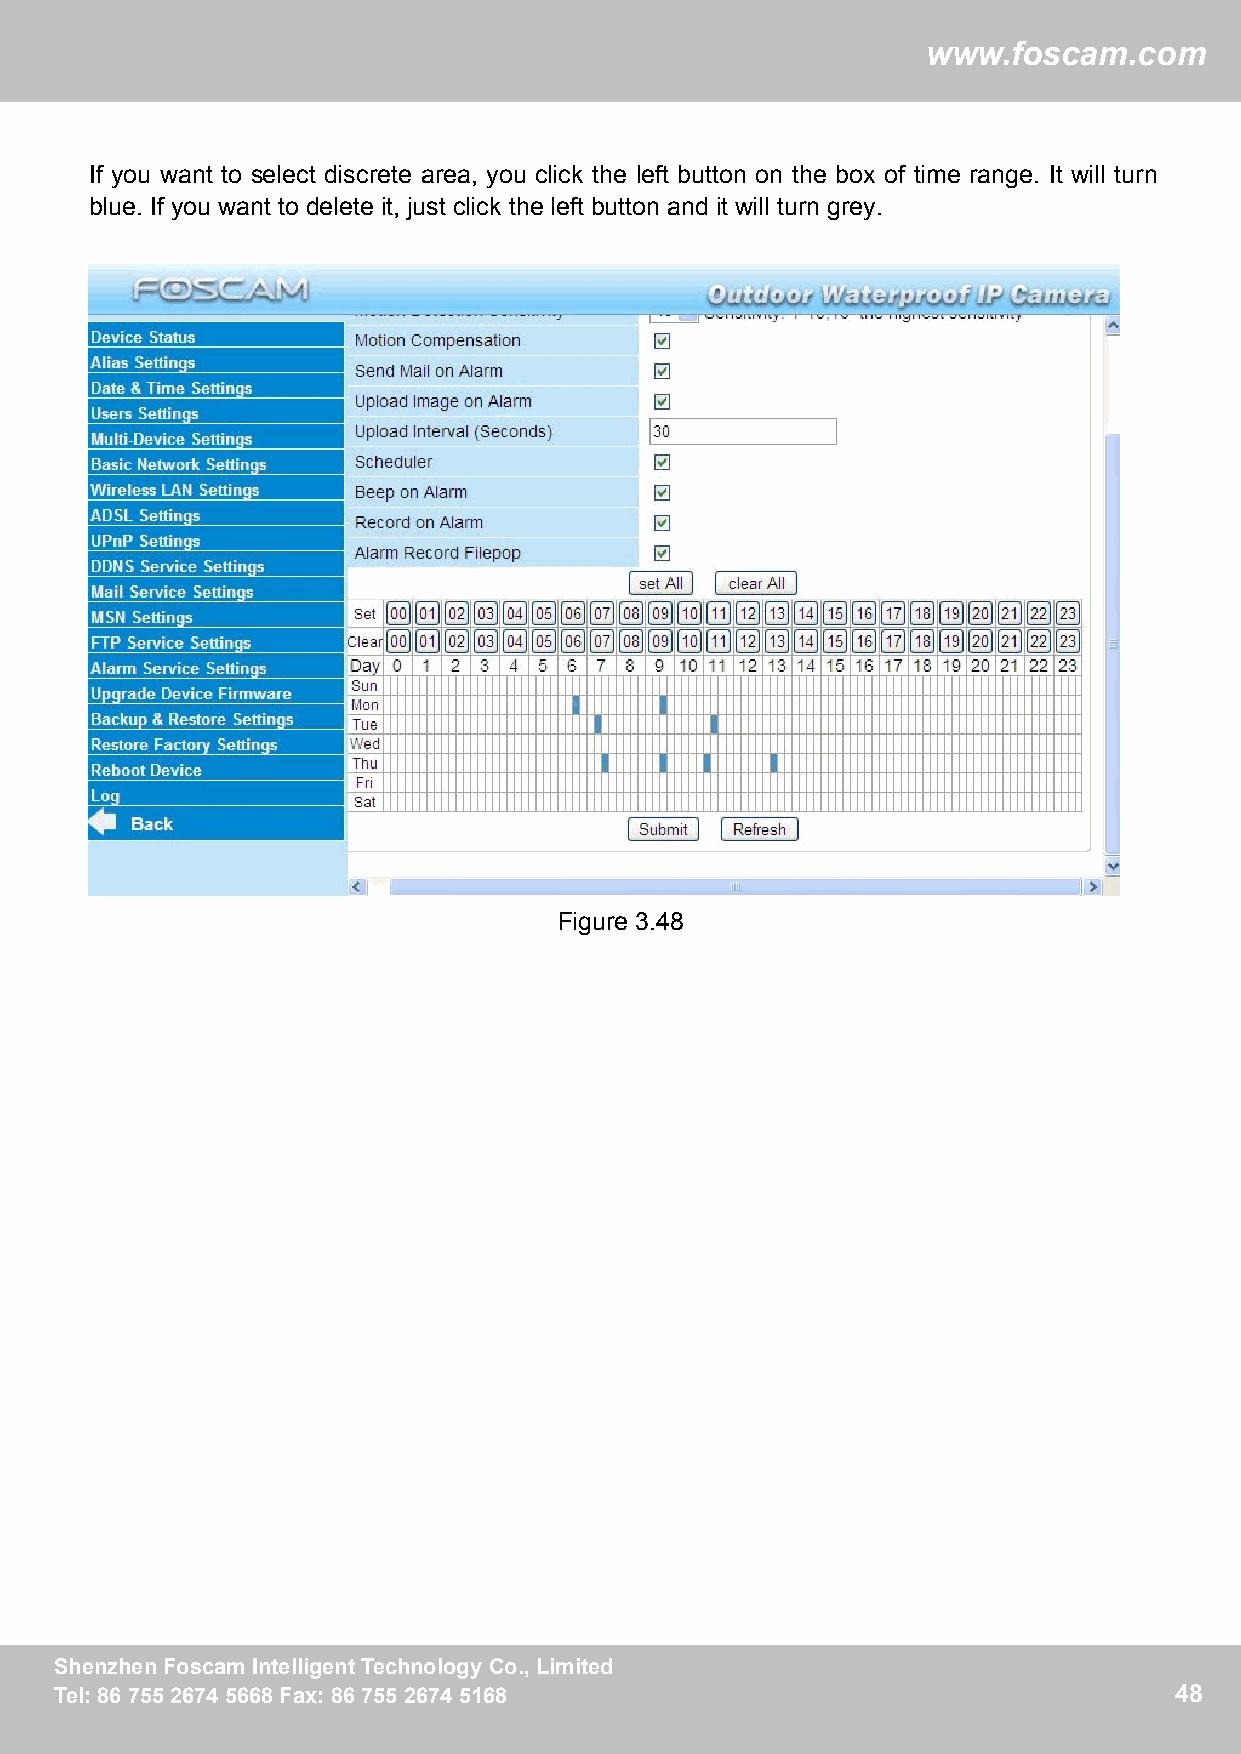
ww
 wwwwww..ffoossccaamm..ccoomm
 If you want to select discrete area, you click the left button on the box of time range. It will turn
 blue. If you want to delete it, just click the left button and it will turn grey.
 Figure 3.48
 SShheennzzhheennFFoossccaammIInntteelllliiggeennttTTeecchhnnoollooggyyCCoo..,,LLiimmiitteedd 48
 TTeell::88667755552266774455666688FFaaxx::88667755552266774455116688      48